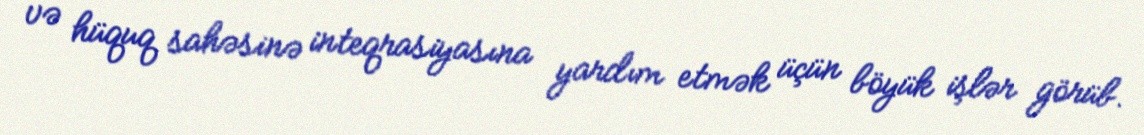
və hüquq sahəsinə inteqrasiyasına yardım etmək üçün böyük işlər görüb.